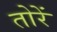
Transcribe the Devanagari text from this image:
तोरें